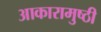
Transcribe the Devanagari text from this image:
आकारामुष्ठी